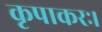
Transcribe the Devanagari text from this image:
कृपाकरः।